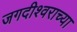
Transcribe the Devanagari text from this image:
जगदीश्‍वराच्या